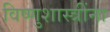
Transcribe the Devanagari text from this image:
विष्णुशास्त्रींना